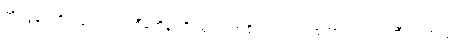
တိုင်ဖွန်း တိုက်လေယာဉ် စီမံကိန်းကို ယူကေအစိုးရက ပေါင်စတာလင် ၁၂ ဘီလျံ ထည့်ဝင်